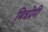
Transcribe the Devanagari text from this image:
मित्रप्रेमी